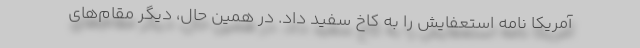
آمریکا نامه استعفایش را به کاخ سفید داد. در همین حال، دیگر مقام‌های